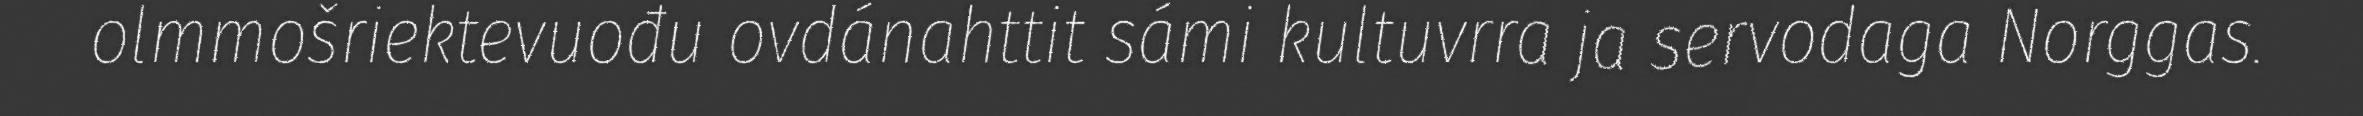
olmmošriektevuođu ovdánahttit sámi kultuvrra ja servodaga Norggas.